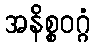
အနိစ္စဝဂ္ဂံ